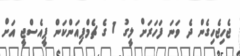
ޖެހިޖެހިގެން ދެ ވަނަ ފަހަރަށް ލީގު 1 ގެ ޗެމްޕިއަންކަން ޕީއެސްޖީ އަށް